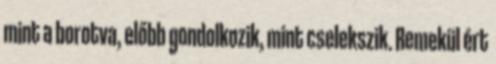
mint a borotva, előbb gondolkozik, mint cselekszik. Remekül ért